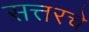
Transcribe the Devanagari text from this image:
सत्तरचे